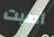
أصبت